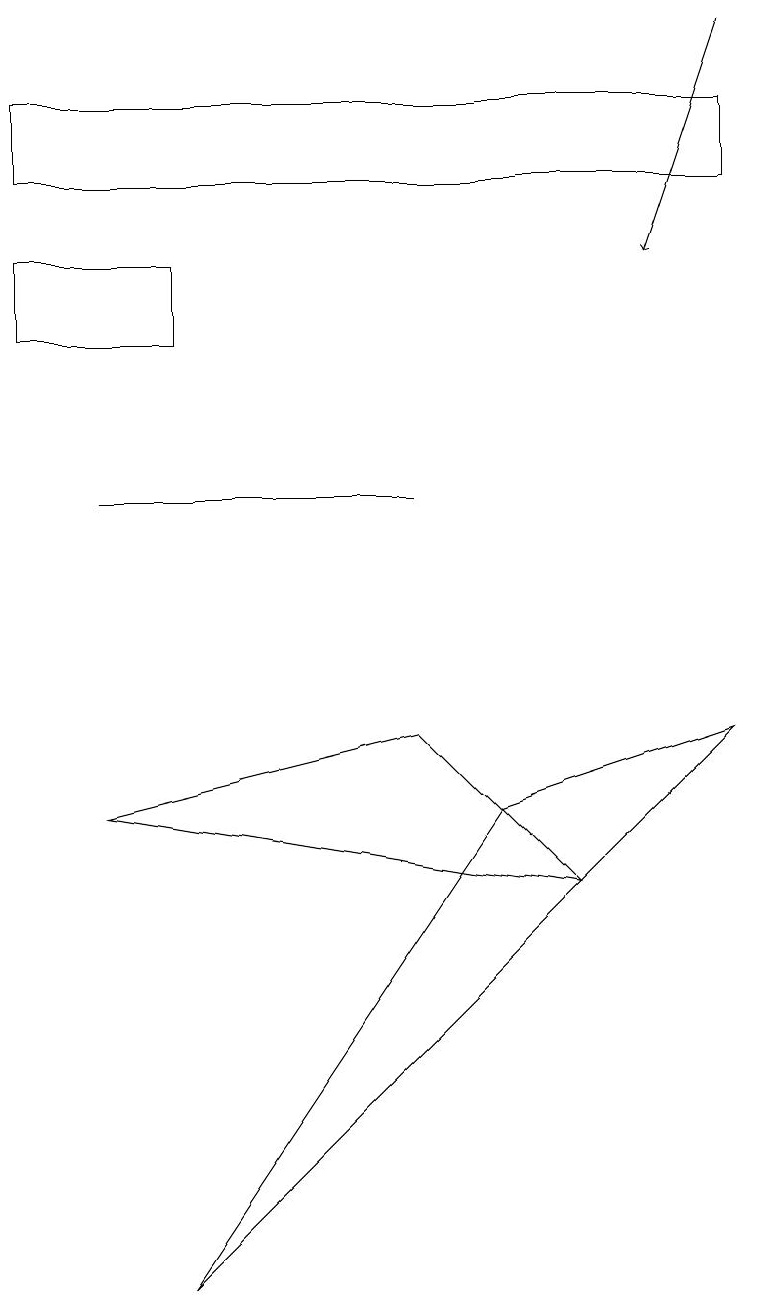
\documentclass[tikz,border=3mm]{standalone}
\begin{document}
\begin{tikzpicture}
\draw (1,7) -- (5,8) -- (7,6) -- cycle;
\draw[->] (9,17) -- (8,14);
\draw (1,11) rectangle (5,11);
\draw (0,15) rectangle (9,16);
\draw (2,13) rectangle (0,14);
\draw (2,1) -- (6,7) -- (9,8) -- cycle;
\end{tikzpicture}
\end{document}